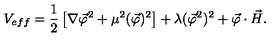
V _ { e f f } = \frac { 1 } { 2 } \left[ \nabla \vec { \varphi } ^ { 2 } + \mu ^ { 2 } ( \vec { \varphi } ) ^ { 2 } \right] + \lambda ( \vec { \varphi } ^ { 2 } ) ^ { 2 } + \vec { \varphi } \cdot \vec { H } .